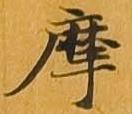
摩